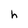
Character: h